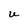
Character: U